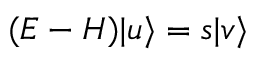
( E - H ) | u \rangle = s | v \rangle